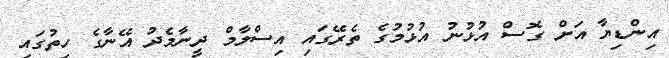
އިންޑިޔާ އަށް ގޮސް އުޅުނު އުޅުމުގެ ތެރޭގައި އިސްލާމް ދީނާމެދު އޭނާގެ ހިތުގައި